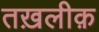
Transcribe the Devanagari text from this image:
तख़लीक़